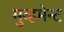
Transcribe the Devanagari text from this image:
मुव्हमेन्ट